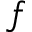
f